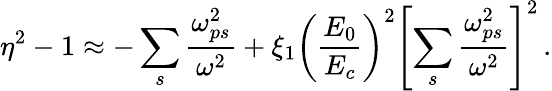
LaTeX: \eta^{2}-1\approx-\sum_{s}\frac{\omega_{ps}^{2}}{\omega^{2}}+\xi_{1}\left(\frac{E_{0}}{E_{c}}\right)^{2}\left[\sum_{s}\frac{\omega_{ps}^{2}}{\omega^{2}}\right]^{2}\, .